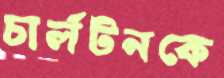
চার্লটনকে